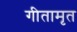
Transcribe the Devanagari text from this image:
गीतामृत